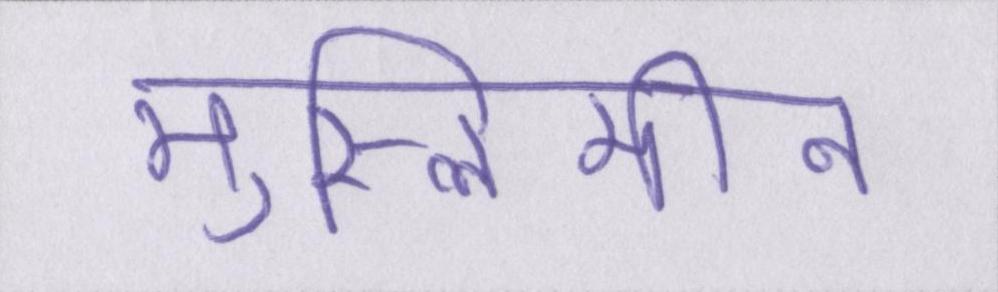
मुस्लिमीन